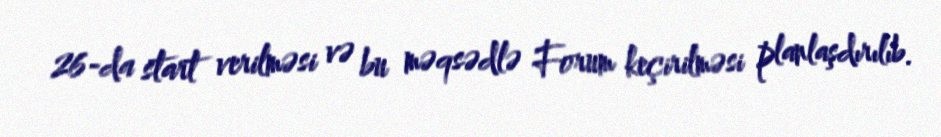
26-da start verilməsi və bu məqsədlə Forum keçirilməsi planlaşdırılıb.